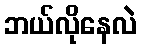
ဘယ်လိုနေလဲ